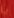
يا